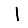
Digit: 1